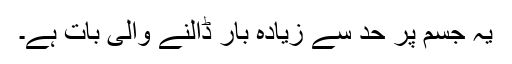
یہ جسم پر حد سے زیادہ بار ڈالنے والی بات ہے۔